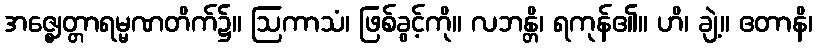
အဇ္ဈေတ္တာရမ္မဏတိက်၌။ ဩကာသံ၊ ဖြစ်ခွင့်ကို။ လဘန္တိ၊ ရကုန်၏။ ဟိ၊ ချဲ့။ ဧတာနိ၊